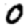
Digit: 0